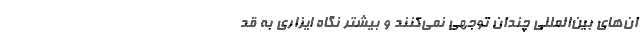
ا­ن­های بین­المللی چندان توجهی نمی­کنند و بیشتر نگاه ایزاری به قد